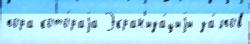
пора кото́раjа Экран'иза́циjи за́лпов